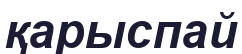
қарыспай